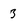
Character: 3